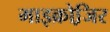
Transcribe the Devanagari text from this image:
माइक्रोजि़र